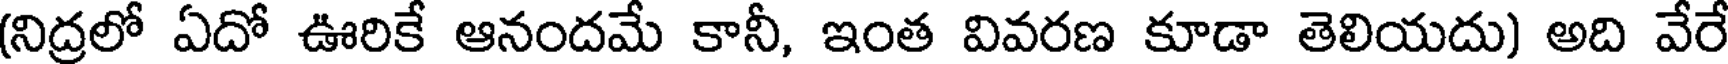
(నిద్రలో ఏదో ఊరికే ఆనందమే కానీ, ఇంత వివరణ కూడా తెలియదు) అది వేరే